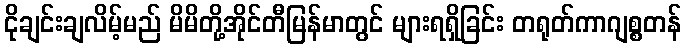
ငိုချင်းချလိမ့်မည် မိမိတို့အိုင်တီမြန်မာတွင် များရရှိခြင်း တရုတ်ကာဂျစ္စတန်